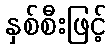
နှစ်စီးဖြင့်